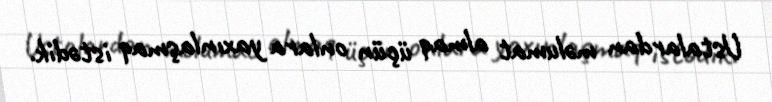
Ustalardan məlumat almaq üçün onlara yaxınlaşmaq istədik.